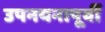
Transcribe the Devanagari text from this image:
उपनयनापूर्वी